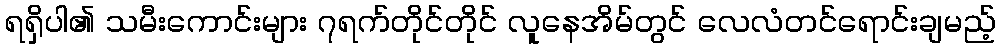
ရရှိပါ၏ သမီးကောင်းများ ၇ရက်တိုင်တိုင် လူနေအိမ်တွင် လေလံတင်ရောင်းချမည့်